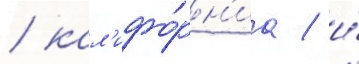
/ кал'ифо́рн'иа / и́